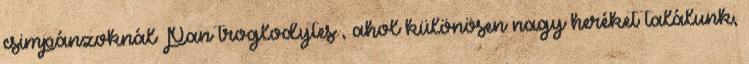
csimpánzoknál Pan troglodytes , ahol különösen nagy heréket találunk,